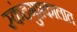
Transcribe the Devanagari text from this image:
स्कंदगुप्तकालात